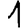
Digit: 1